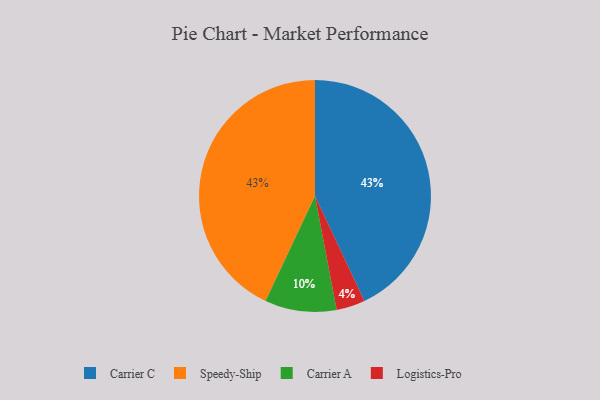
{"axis": {"x": "Category", "y": "Percentage"}, "legend": ["Carrier A", "Carrier C", "Logistics-Pro", "Speedy-Ship"], "data": [{"x": "Logistics-Pro", "y": 4, "type": "Logistics-Pro"}, {"x": "Carrier C", "y": 43, "type": "Carrier C"}, {"x": "Speedy-Ship", "y": 43, "type": "Speedy-Ship"}, {"x": "Carrier A", "y": 10, "type": "Carrier A"}]}